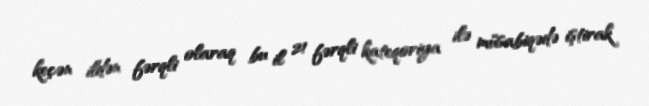
keçən ildən fərqli olaraq bu il 21 fərqli kateqoriya ilə müsabiqədə iştirak